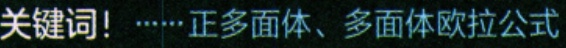
关键词！……正多面体、多面体欧拉公式